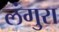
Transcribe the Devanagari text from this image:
लंगुरा